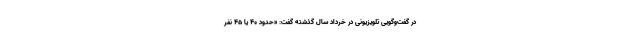
در گفت‌وگویی تلویزیونی در خرداد سال گذشته گفت: «حدود ۴۰ یا ۴۵ نفر